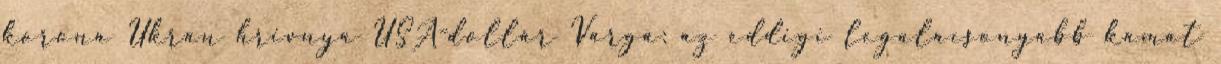
korona Ukrán hrivnya USA-dollár Varga: az eddigi legalacsonyabb kamat